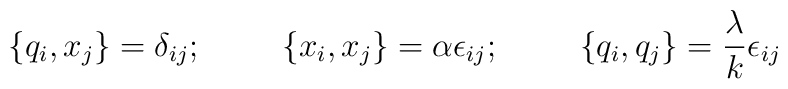
\{q_i , x_j\} = \delta_{ij}; \hskip 1.0cm  \{x_i , x_j\} = \alpha \epsilon_{ij}; \hskip 1.0cm \{ q_i , q_j \} = \frac{\lambda}{k} \epsilon_{ij}